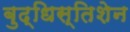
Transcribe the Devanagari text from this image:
बुद्धिस्तिशेन